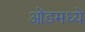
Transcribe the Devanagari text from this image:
ओंडमध्ये